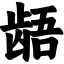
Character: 龉